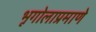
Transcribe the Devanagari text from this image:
भूगोलाप्रमाणे